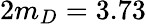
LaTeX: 2m_{D}=3.73